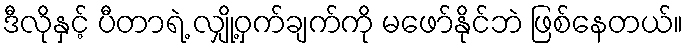
ဒီလိုနှင့် ပီတာရဲ့ လျှို့ဝှက်ချက်ကို မဖော်နိုင်ဘဲ ဖြစ်နေတယ်။